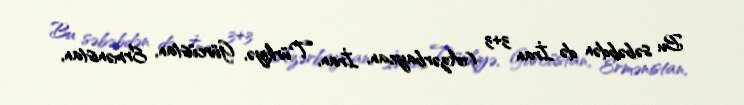
Bu səbəbdən də İran 3+3 (Azərbaycan, İran, Türkiyə, Gürcüstan, Ermənistan,